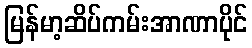
မြန်မာ့ဆိပ်ကမ်းအာဏာပိုင်